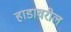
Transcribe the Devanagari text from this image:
हाडावरील